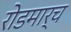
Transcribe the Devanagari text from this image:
रोडमार्च